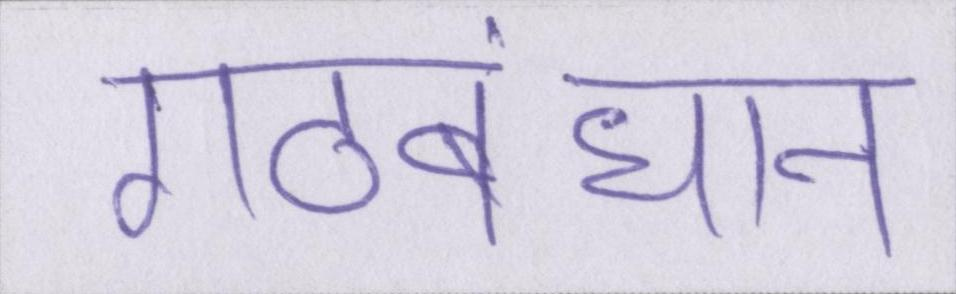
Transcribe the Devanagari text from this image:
गठबंधान